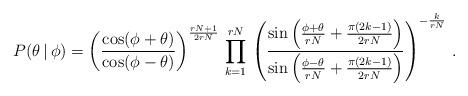
LaTeX: \begin{align*}P(\theta\,|\,\phi)=\left(\frac{\cos(\phi+\theta)}{\cos(\phi-\theta)}\right)^{\frac{rN+1}{2rN}}\,\prod_{k=1}^{rN}\,\left(\frac{\sin\left(\frac{\phi+\theta}{rN}+\frac{\pi(2k-1)}{2rN}\right)}{\sin\left(\frac{\phi-\theta}{rN}+\frac{\pi(2k-1)}{2rN}\right)}\right)^{-\frac{k}{rN}}\,.\end{align*}